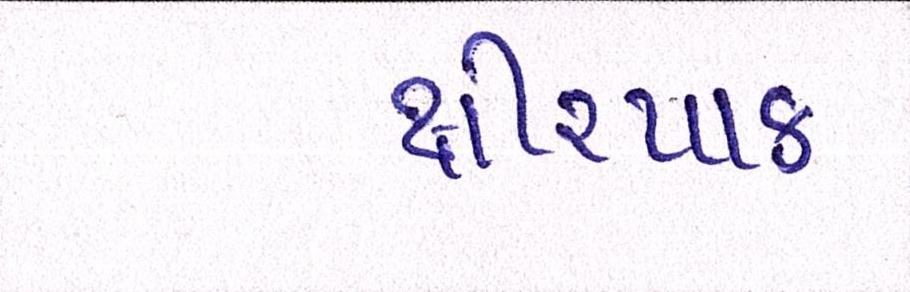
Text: ક્ષીરપાક